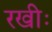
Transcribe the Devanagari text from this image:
रखीः